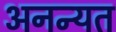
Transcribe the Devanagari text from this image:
अनन्यत